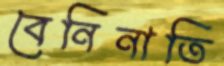
বেনিনাতি